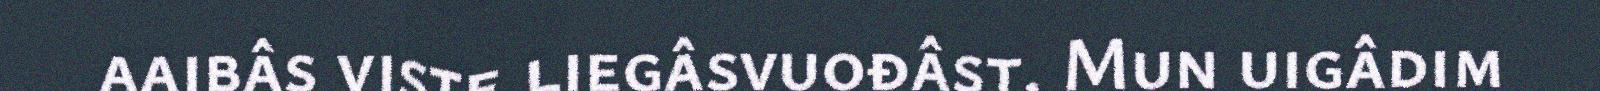
aaibâs viste liegâsvuođâst. Mun uigâdim